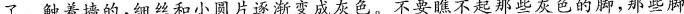
了。触着墙的，细丝和小圆片逐渐变成灰色。不要瞧不起那些灰色的脚，那些脚